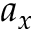
a _ { x }